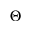
\Theta